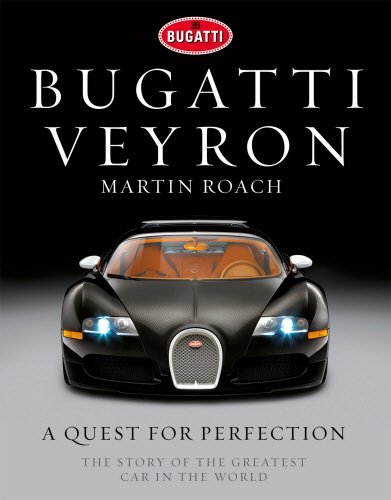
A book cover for Bugatti Veyron: A Quest for Perfection - The Story of the Greatest Car in the World; Martin Roach; Engineering & Transportation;